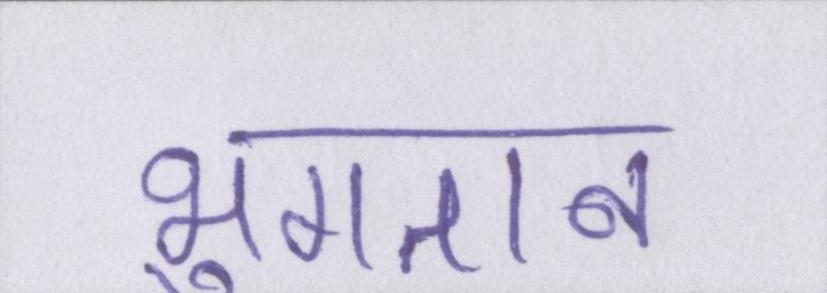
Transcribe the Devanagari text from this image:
भुगतान